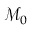
\mathcal { M } _ { 0 }